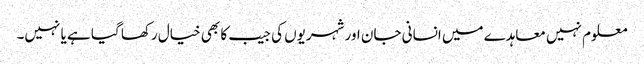
معلوم نہیں معاہدے میں انسانی جان اور شہریوں کی جیب کا بھی خیال رکھا گیا ہے یا نہیں۔